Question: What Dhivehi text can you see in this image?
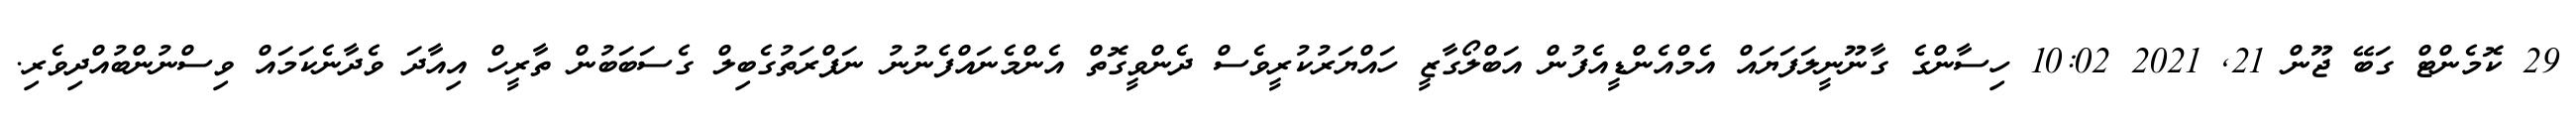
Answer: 29 ކޮމެންޓް ގަބޭ ޖޫން 21, 2021 10:02 ހިސާންގެ ގާނޫނީލަފަޔައް އެމްއެންޑީއެފުން އަބްލޯގާޒީ ހައްޔަރުކުރީވެސް ދެންވީގޮތް އެންމެނައްފެނުނު ނަފްރަތުގެބިލް ގެސަބަބުން ތާރީހް އިއާދަ ވެދާނެކަމައް ވިސްނުންބުއްދިވެރި.